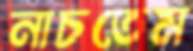
নাচতেম